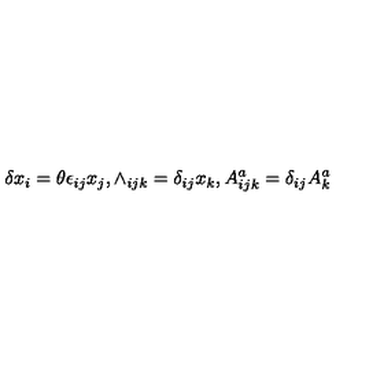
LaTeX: \delta x _ { i } = \theta \epsilon _ { i j } x _ { j } , \wedge _ { i j k } = \delta _ { i j } x _ { k } , A _ { i j k } ^ { a } = \delta _ { i j } A _ { k } ^ { a }